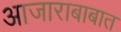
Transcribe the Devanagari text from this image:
आजाराबाबात